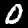
Digit: 0